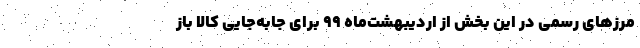
مرزهای رسمی در این بخش از اردیبهشت‌ماه ۹۹ برای جابه‌جایی کالا باز